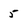
Character: 5